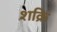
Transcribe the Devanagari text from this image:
शक्रि